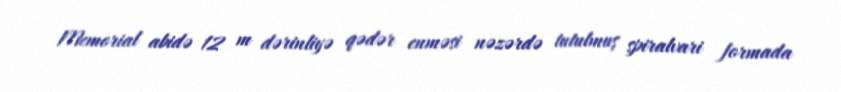
Memorial abidə 12 m dərinliyə qədər enməsi nəzərdə tutulmuş spiralvari formada